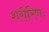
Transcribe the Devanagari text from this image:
शरीरिणः